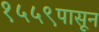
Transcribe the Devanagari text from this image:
१५५९पासून